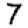
Digit: 7